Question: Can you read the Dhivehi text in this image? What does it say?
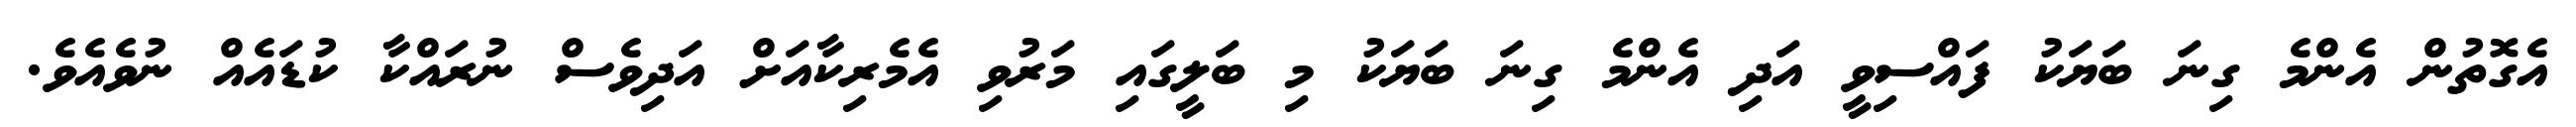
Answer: އެގޮތުން އެންމެ ގިނަ ބަޔަކު ފައްސިވީ އަދި އެންމެ ގިނަ ބަޔަކު މި ބަލީގައި މަރުވި އެމެރިކާއަށް އަދިވެސް ނުރައްކާ ކުޑައެއް ނުވެއެވެ.